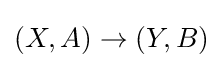
(X,A)\to (Y,B)